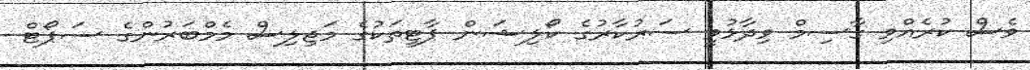
ވެސް ކުރެއްވި ގާސިމް ވިދާޅުވީ ސަރުކާރުގެ ކޯލިޝަން ޕާޓީތަކުގެ މަޖިލިސް މެމްބަރުންގެ ސަޕޯޓް